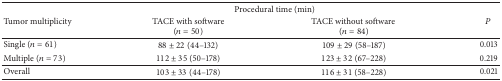
| <ROWSPAN=2> Tumor multiplicity | <COLSPAN=2> Procedural time (min) | <ROWSPAN=2> P |
 | TACE with software (n = 50) | TACE without software(n = 84) |
 | --- | --- | --- | --- |
 | Single (n = 61) | 88 ± 22 (44–132) | 109 ± 29 (58–187) | 0.013 |
 | Multiple (n = 73) | 112 ± 35 (50–178) | 123 ± 32 (67–228) | 0.219 |
 | Overall | 103 ± 33 (44–178) | 116 ± 31 (58–228) | 0.021 |